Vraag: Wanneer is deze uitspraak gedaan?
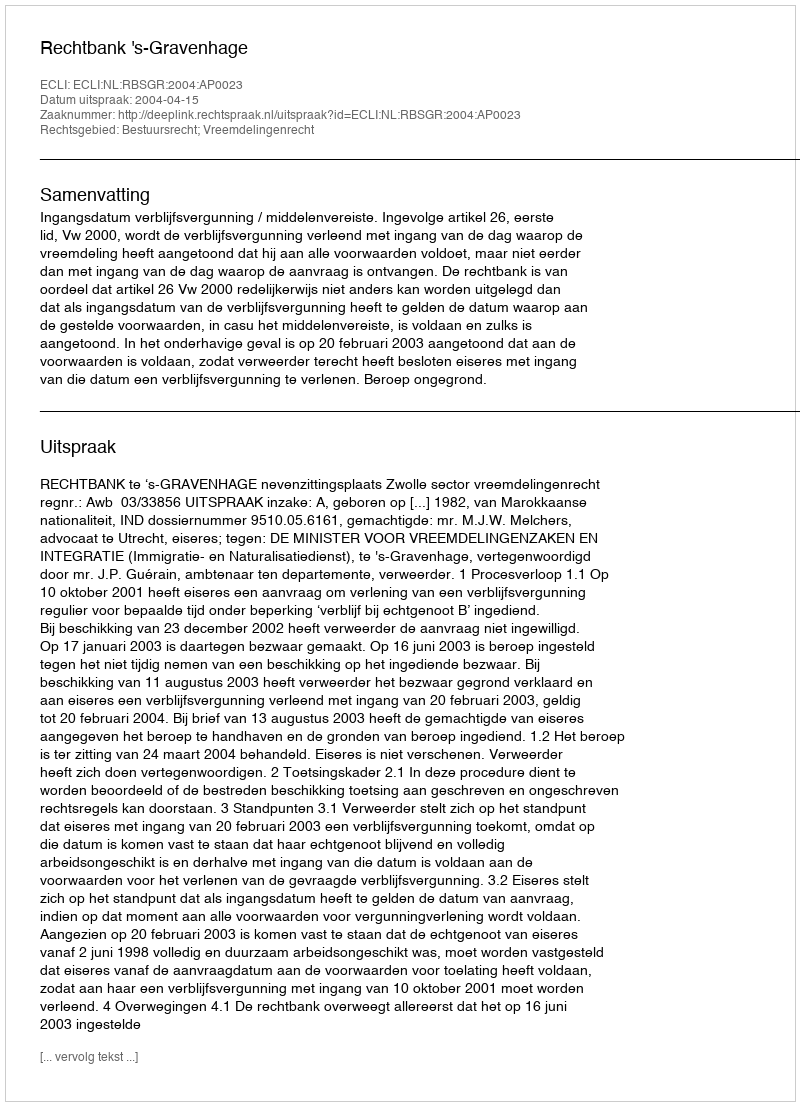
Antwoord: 2004-04-15